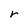
Character: r